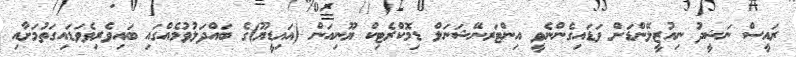
ރައީސް ނަޝީދު ނިއުޒީލޭންޑަށް ވަޑައިގެންނެވީ އިންޓަރނޭޝަނަލް ޑިމޮކްރެޓިކް ޔޫނިއަން (އައިޑީޔޫ)ގެ ބައްދަލުވުމެއްގައި ބައިވެރިވެވަޑައިގަތުމަށާއި